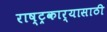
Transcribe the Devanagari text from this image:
राष्ट्रकार्यासाठी